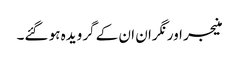
منیجر اور نگران ان کے گرویدہ ہو گئے۔